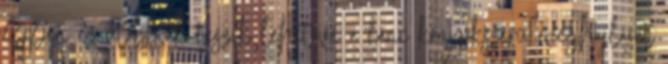
éppen ez utóbbiak teszik lehetővé a lánc könyökszerű meghajlását